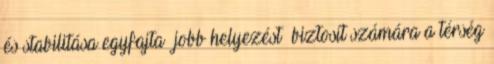
és stabilitása egyfajta »jobb helyezést« biztosít számára a térség